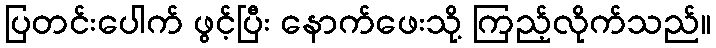
ပြတင်းပေါက် ဖွင့်ပြီး နောက်ဖေးသို့ ကြည့်လိုက်သည်။